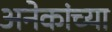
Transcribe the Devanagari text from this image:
अनेकांच्‍या